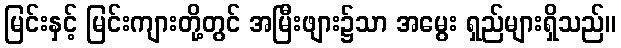
မြင်းနှင့် မြင်းကျားတို့တွင် အမြီးဖျား၌သာ အမွေး ရှည်များရှိသည်။